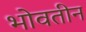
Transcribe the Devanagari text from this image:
भोवतीन